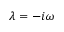
\lambda = - i \omega